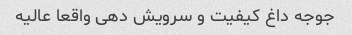
جوجه داغ کیفیت و سرویش دهی واقعا عالیه